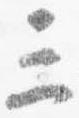
三